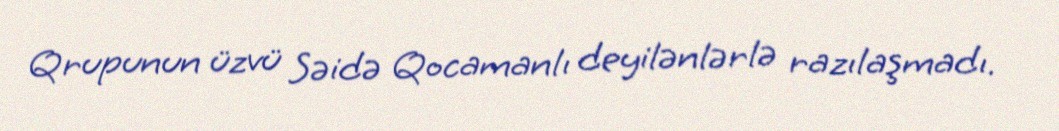
Qrupunun üzvü Səidə Qocamanlı deyilənlərlə razılaşmadı.